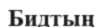
Бидтың